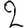
Digit: 2